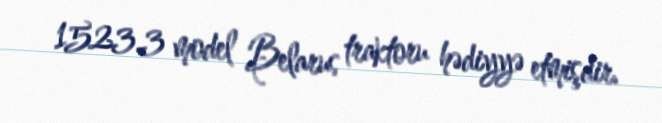
1523.3 model Belarus traktoru hədiyyə etmişdir.